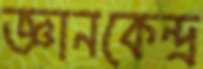
জ্ঞানকেন্দ্র